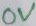
Text: 0V